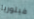
فيتوريا